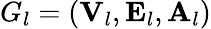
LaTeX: G_{l}=({\mathbf V}_{l},{\mathbf E}_{l},{\mathbf A}_{l})